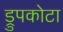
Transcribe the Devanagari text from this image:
ड्रुपकोटा